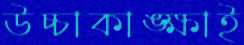
উচ্চাকাঙ্ক্ষাই